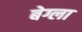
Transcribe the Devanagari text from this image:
बेग्ला